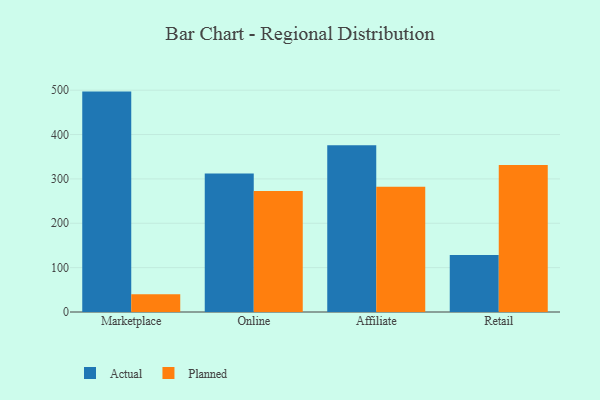
{"axis": {"x": "Channel", "y": "Market Share (%)"}, "legend": ["Actual", "Planned"], "data": [{"x": "Marketplace", "y": 496.8, "type": "Actual"}, {"x": "Marketplace", "y": 40.1, "type": "Planned"}, {"x": "Online", "y": 312.3, "type": "Actual"}, {"x": "Online", "y": 272.5, "type": "Planned"}, {"x": "Affiliate", "y": 375.9, "type": "Actual"}, {"x": "Affiliate", "y": 282.3, "type": "Planned"}, {"x": "Retail", "y": 128.4, "type": "Actual"}, {"x": "Retail", "y": 331.1, "type": "Planned"}]}